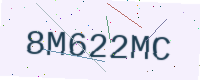
Text: 8M622MC